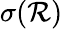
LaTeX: \sigma(\mathcal{R})